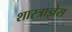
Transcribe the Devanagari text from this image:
शास्त्राज्ञेस